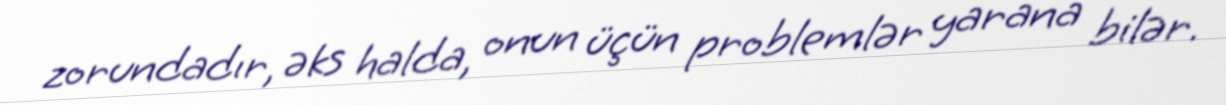
zorundadır, əks halda, onun üçün problemlər yarana bilər.